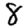
Digit: 8